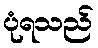
ပုံရသည်